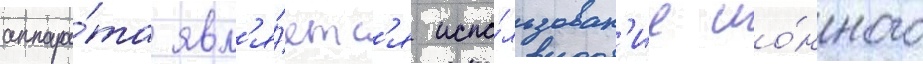
аппара́та явл'я́етс'я испо́льзован'ие ио́нного